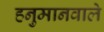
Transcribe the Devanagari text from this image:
हनुमानवाले